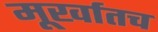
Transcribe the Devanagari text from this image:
मूर्खातच